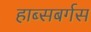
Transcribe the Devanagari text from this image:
हाब्सबर्गस